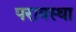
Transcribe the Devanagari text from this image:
परावस्था